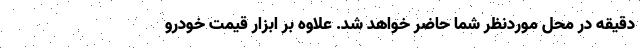
دقیقه در محل موردنظر شما حاضر خواهد شد. علاوه بر ابزار قیمت خودرو